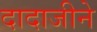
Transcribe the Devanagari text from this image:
दादाजीने